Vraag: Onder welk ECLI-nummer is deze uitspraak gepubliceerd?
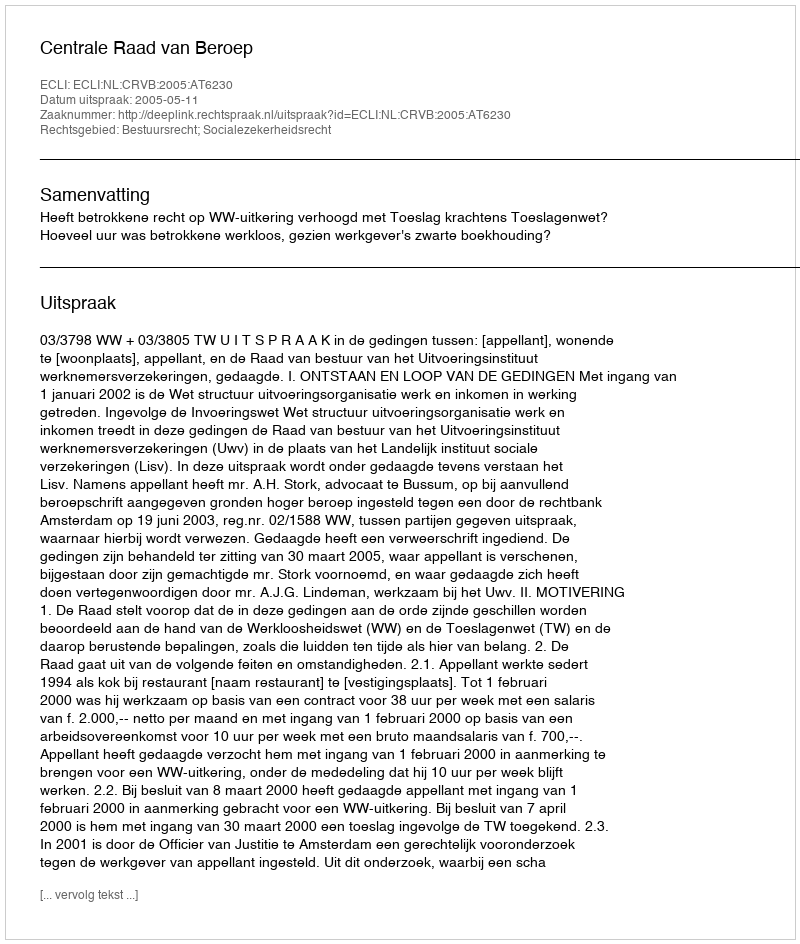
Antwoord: ECLI:NL:CRVB:2005:AT6230